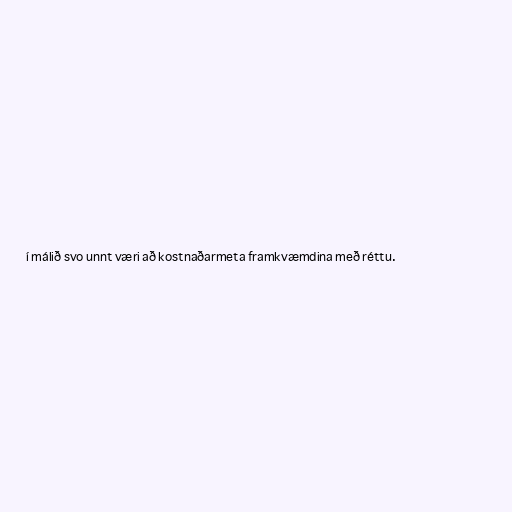
í málið svo unnt væri að kostnaðarmeta framkvæmdina með réttu.